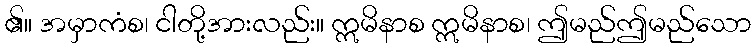
၏။ အမှာကံစ၊ ငါတို့အားလည်း။ ဣမိနာစ ဣမိနာစ၊ ဤမည်ဤမည်သော